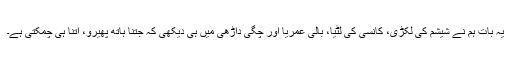
یہ بات ہم نے شیشم کی لکڑی، کانسی کی لٹیا، بالی عمریا اور چگی داڑھی میں ہی دیکھی کہ جتنا ہاتھ پھیرو، اتنا ہی چمکتی ہے۔